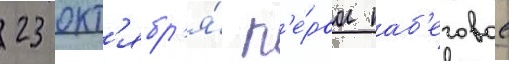
23 окт'ябр'я́ п'е́рвое наб'еговое